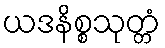
ယဒနိစ္စသုတ္တံ